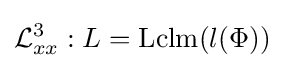
{\mathcal {L}}_{xx}^{3}:L=\operatorname {Lclm} (l(\Phi ))